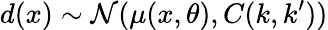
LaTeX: d(x)\sim\mathcal{N}(\mu(x,\theta),C(k,k^{\prime}))